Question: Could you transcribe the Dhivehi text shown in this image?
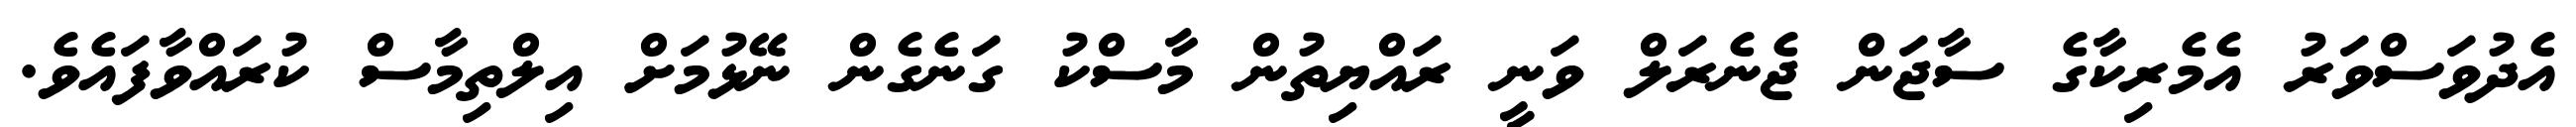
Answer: އެދުވަސްވަރު އެމެރިކާގެ ސާޖަން ޖެނެރަލް ވަނީ ރައްޔިތުން މާސްކު ގަނެގެން ނޭޅުމަށް އިލްތިމާސް ކުރައްވާފައެވެ.